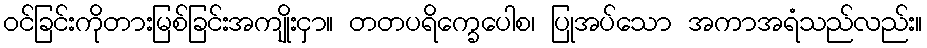
ဝင်ခြင်းကိုတားမြစ်ခြင်းအကျိုးငှာ။ တတပရိက္ခေပေါစ၊ ပြုအပ်သော အကာအရံသည်လည်း။